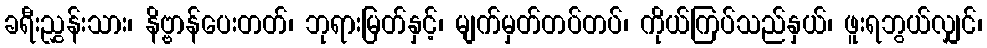
ခရီးညွှန်းသား၊ နိဗ္ဗာန်ပေးတတ်၊ ဘုရားမြတ်နှင့်၊ မျက်မှတ်တပ်တပ်၊ ကိုယ်ကြပ်သည်နှယ်၊ ဖူးရဘွယ်လျှင်၊